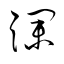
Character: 瀾